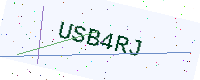
Text: USB4RJ